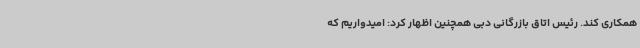
همکاری کند. رئیس اتاق بازرگانی دبی همچنین اظهار کرد: امیدواریم که